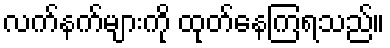
လက်နက်များကို ထုတ်နေကြရသည်။